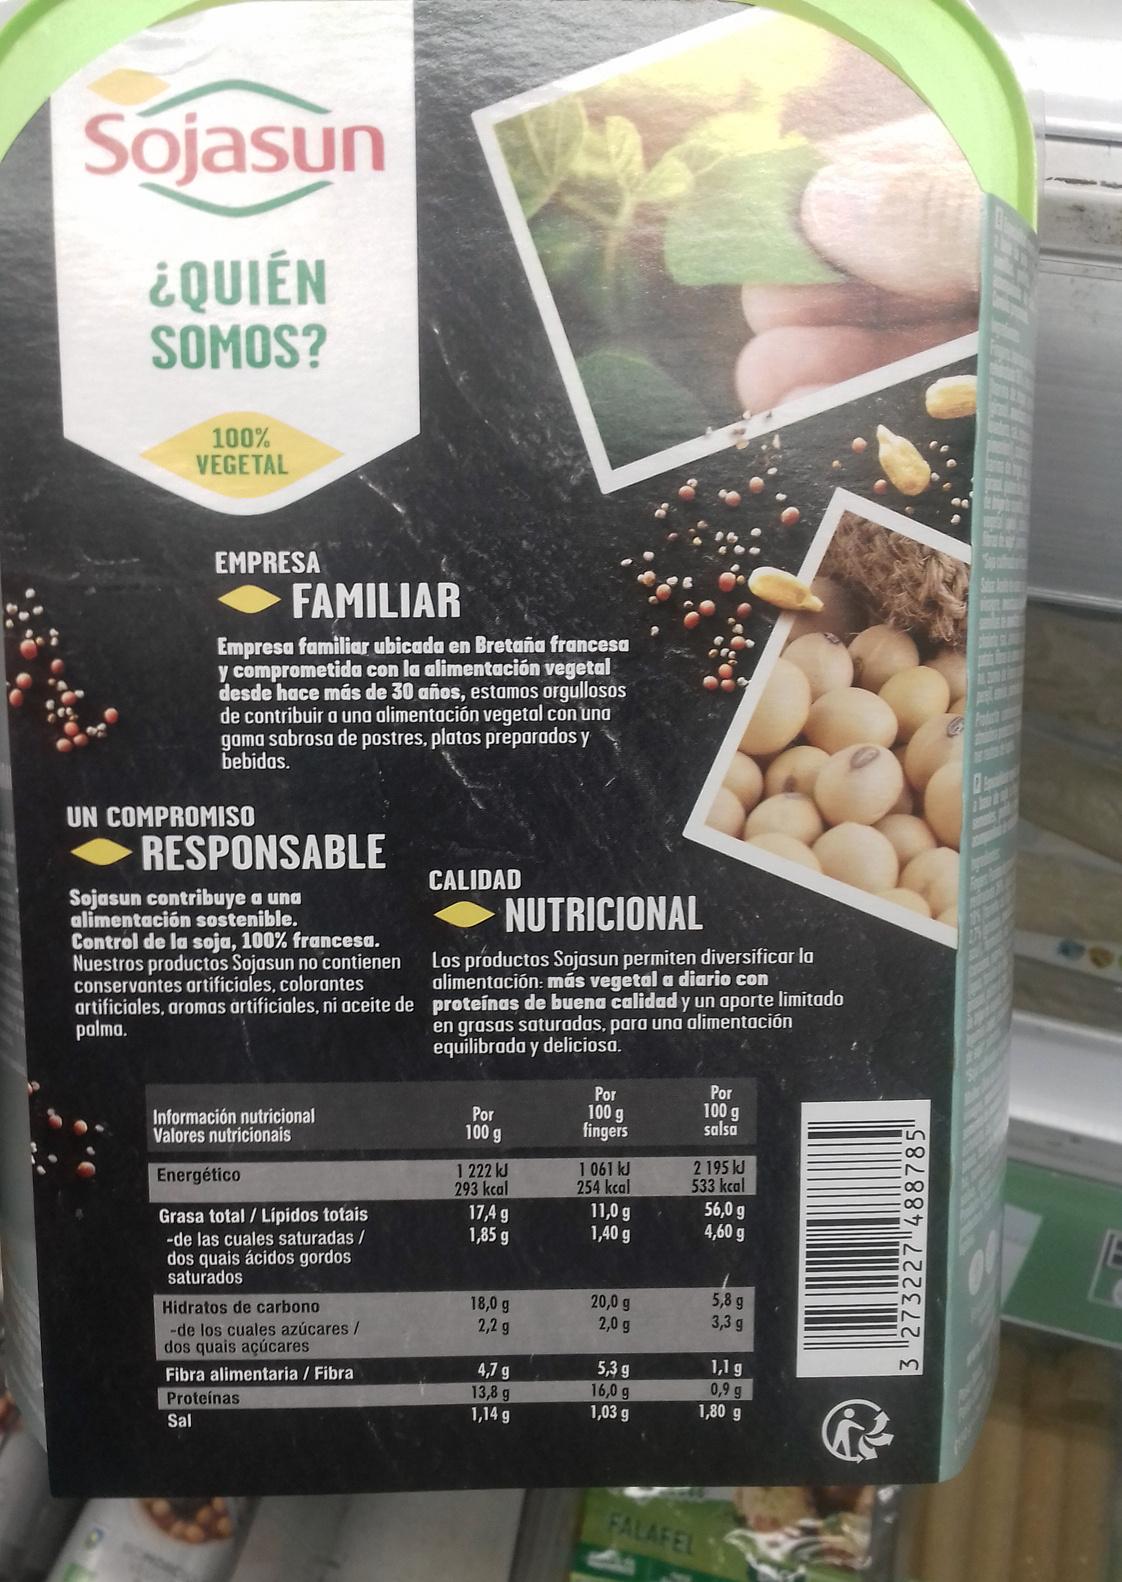
Sojasun 3273227488785 QUIEN SOMOS? 100% VEGETAL EMPRESA S FAMILIAR Empresa familiar ubicada en Bretaña francesa y comprometida con la alimentación vegetal desde hace más de 30 años, estamos orgullosos de contribuir a una alimentación vegetal con una gama sabrosa de postres, platos preparados y bebidas. UN COMPROMISO RESPONSABLE CALIDAD Sojasun contribuye a una alimentación sostenible. Control de la soja, 100% francesa. Nuestros productos Sojasun no contienen conservantes artificiales, colorantes artificiales, aromas artificiales, ni aceite de polma. NUTRICIONAL alimentación: más vegetala diario con en grasas saturadas, para una alimentación Los productos Sojasun permiten diversificar la proteínas de buena calidad y un aporte limitado equilibrada y deliciosa. Por 100 salsa Por 100 g fingers Por 100 g Información nutricional Valores nutricionais 2 195 k 533 kcal 56,0 g 4,60 g 1 222 kJ 293 kcal 17,4 g 1,85 g 1 061 kJ 254 kcal 11,0 g 1,40 g Energético Grasa total/Lipidos totais -de las cuales saturadas/ dos quais ácidos gordos saturados 5,8 g 3,3 g 20,0 g 2,0 g 18,0 g 2,2 g Hidratos de carbono -de los cuales azúcares / dos quais açúcares Fibra alimentaria/ Fibra Proteínas Sal 5,3 g 16,0 g 1,03 g 1,1 g 0,9 g 1,80 g 4,7 g 13,8 g 1,14 g FALAFEL